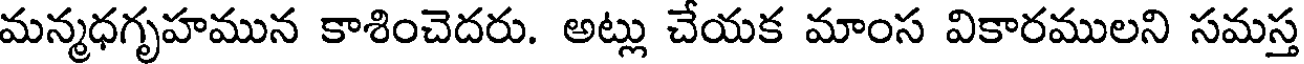
మన్మధగృహమున కాశించెదరు. అట్లు చేయక మాంస వికారములని సమస్త